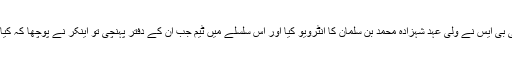
عرب میڈیا کے مطابق امریکی نیوزچینل سی بی ایس نے ولی عہد شہزادہ محمد بن سلمان کا انٹرویو کیا اور اس سلسلے میں ٹیم جب ان کے دفتر پہنچی تو اینکر نے پوچھا کہ کیا آپ ساری رات اپنے دفتر میں گزارتے ہیں؟